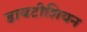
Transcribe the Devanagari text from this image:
डायटीशियन